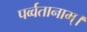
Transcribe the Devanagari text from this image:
पर्व्वतानाम्।